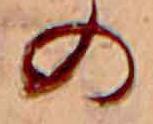
の